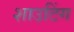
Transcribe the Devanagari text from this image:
शाउटिंग